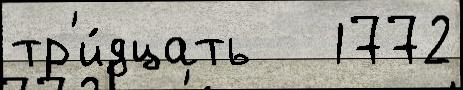
тр'и́дцать   1772